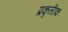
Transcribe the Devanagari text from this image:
प्रकृतीक